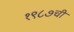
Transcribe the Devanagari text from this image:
१९८७ची